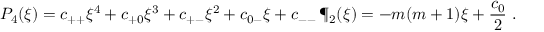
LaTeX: P _ { 4 } ( \xi ) = c _ { + + } \xi ^ { 4 } + c _ { + 0 } \xi ^ { 3 } + c _ { + - } \xi ^ { 2 } + c _ { 0 - } \xi + c _ { -- } \, \P _ { 2 } ( \xi ) = - m ( m + 1 ) \xi + { \frac { c _ { 0 } } { 2 } } \ .